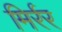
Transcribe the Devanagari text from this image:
मिर्रर